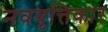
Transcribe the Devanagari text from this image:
नववृत्तिकार